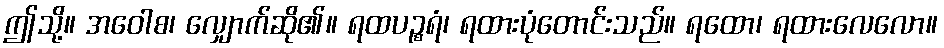
ဤသို့။ အဝေါစ၊ လျှောက်ဆို၏။ ရထပဉ္စရံ၊ ရထားပုံတောင်းသည်။ ရထော၊ ရထားလေလော။